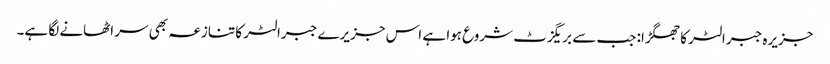
جزیرہ جبرالٹر کا جھگڑا: جب سے بریگزٹ شروع ہوا ہے اس جزیرے جبرالٹر کا تنازعہ بھی سر اٹھانے لگا ہے۔